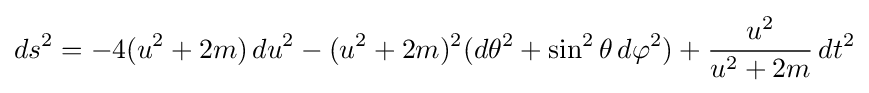
ds^{2}=-4(u^{2}+2m)\,du^{2}-(u^{2}+2m)^{2}(d\theta ^{2}+\sin ^{2}\theta \,d\varphi ^{2})+{\frac {u^{2}}{u^{2}+2m}}\,dt^{2}